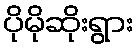
ပိုမိုဆိုးရွား